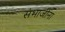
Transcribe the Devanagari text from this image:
संभाजींना